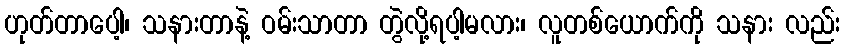
ဟုတ်တာပေါ့၊ သနားတာနဲ့ ဝမ်းသာတာ တွဲလို့ရပါ့မလား၊ လူတစ်ယောက်ကို သနား လည်း